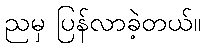
ညမှ ပြန်လာခဲ့တယ်။